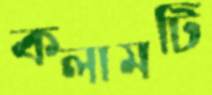
কলামটি